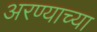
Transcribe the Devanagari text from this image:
अरण्याच्या